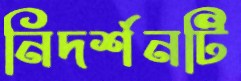
নিদর্শনটি